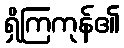
ရှိကြကုန်၏